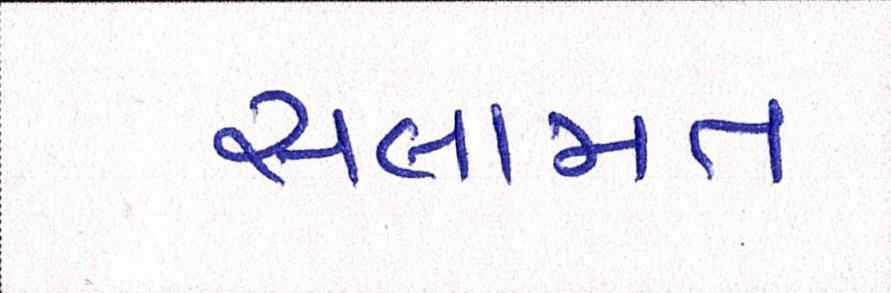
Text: સલામત